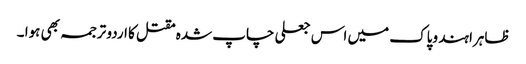
ظاہرا ہند وپاک میں اس جعلی چاپ شدہ مقتل کا اردو ترجمہ بھی ہوا ۔